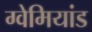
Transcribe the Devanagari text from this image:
ग्वेमियांड